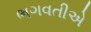
ભગવતીએ